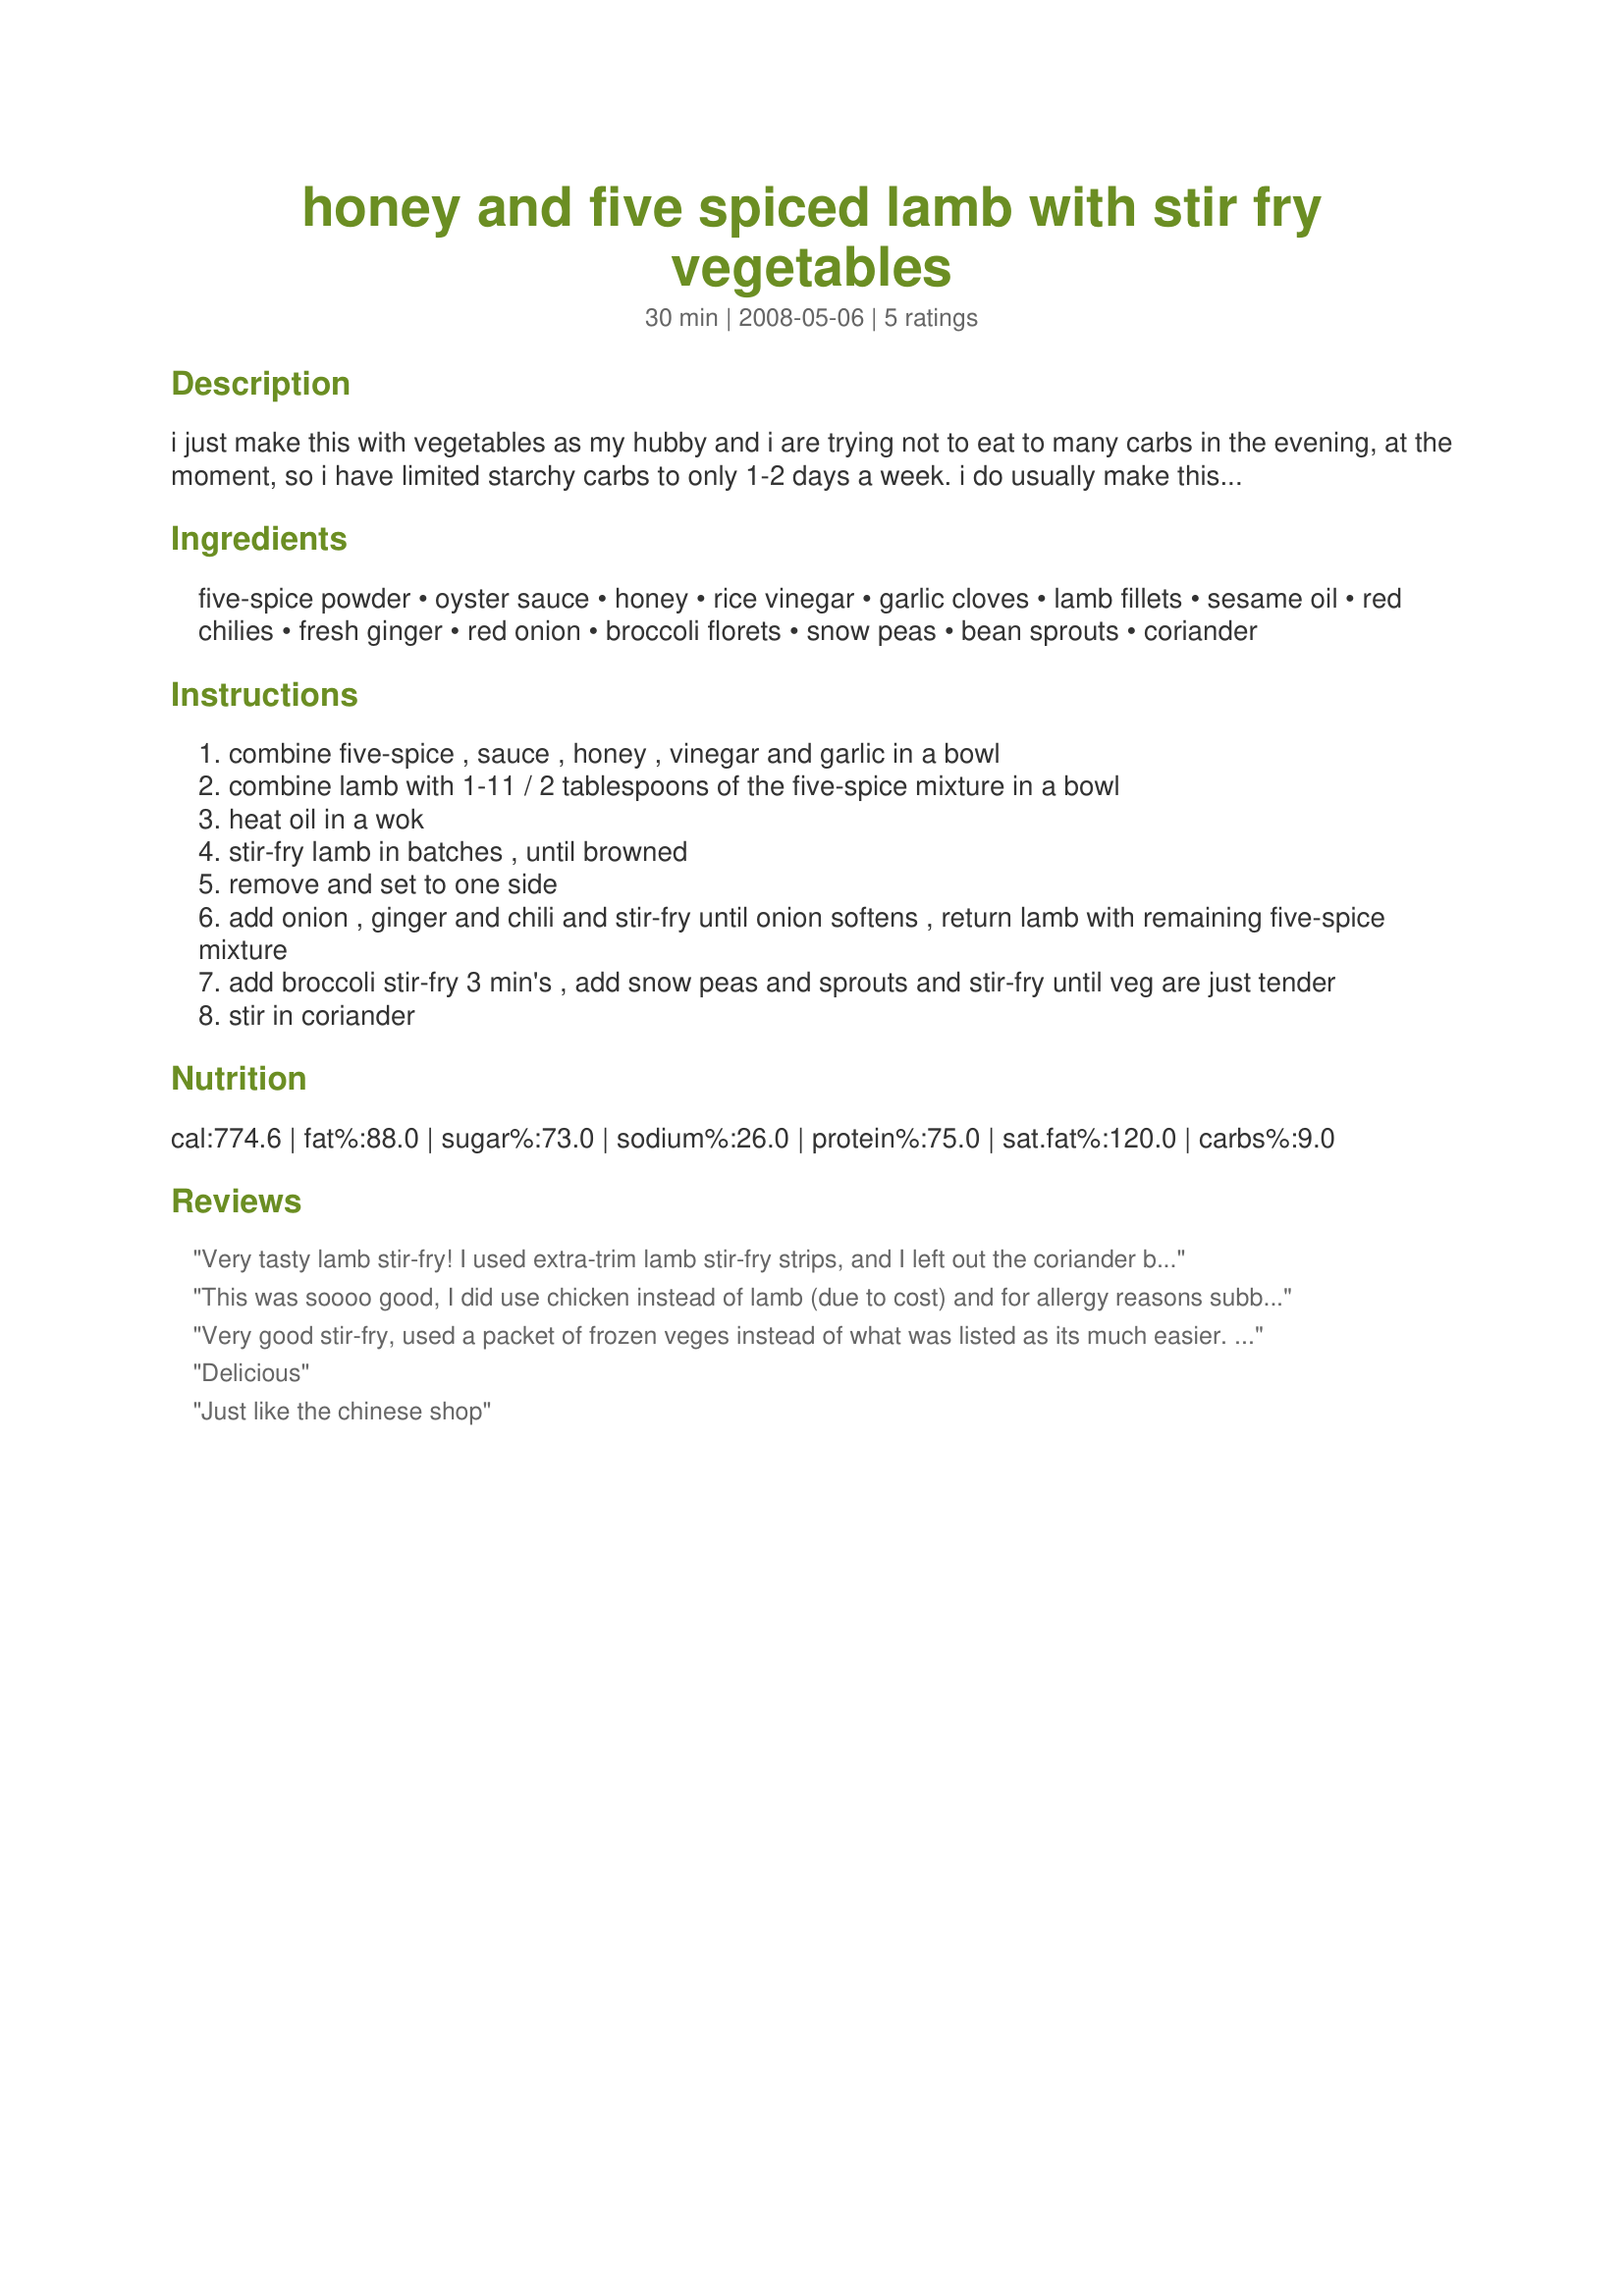
honey and five spiced lamb with stir fry vegetables
Preparation time: 30 minutes

i just make this with vegetables as my hubby and i are trying not to eat to many carbs in the evening, at the moment, so i have limited starchy carbs to only 1-2 days a week. i do usually make this with noodles thrown in, so feel free to add them if you want, if you do, i would lower amounts of meat and vegetables or it will be too much for 4.

Ingredients:
five-spice powder, oyster sauce, honey, rice vinegar, garlic cloves, lamb fillets, sesame oil, red chilies, fresh ginger, red onion, broccoli florets, snow peas, bean sprouts, coriander

Steps:
combine five-spice , sauce , honey , vinegar and garlic in a bowl
combine lamb with 1-11 / 2 tablespoons of the five-spice mixture in a bowl
heat oil in a wok
stir-fry lamb in batches , until browned
remove and set to one side
add onion , ginger and chili and stir-fry until onion softens , return lamb with remaining five-spice mixture
add broccoli stir-fry 3 min's , add snow peas and sprouts and stir-fry until veg are just tender
stir in coriander

Reviews:
Very tasty lamb stir-fry! I used extra-trim lamb stir-fry strips, and I left out the coriander because I didn't have any on hand. This made a quick, flavourful weeknight meal. Next time I'd add more broccoli because it really soaked up the yummy sauce well. Thanks Flying Chef!
This was soooo good, I did use chicken instead of lamb (due to cost) and for allergy reasons subbed spring onion for the onion and added some baby corn and finely juliened carrott and a small packet of singapore noodles. Will be doing again and trying it over rice. The DH would like to try it with pork fillet. Thank you The Flying Chef.
Very good stir-fry, used a packet of frozen veges instead of what was listed as its much easier. Loved the honey and ginger taste of this stir-fry. Perfect for my sweet tooth.
Delicious
Just like the chinese shop
